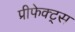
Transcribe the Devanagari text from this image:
प्रीफेक्ट्स